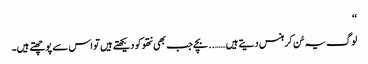
‘‘
لوگ یہ سُن کر ہنس دیتے ہیں…….. بچے جب بھی نتھو کو دیکھتے ہیں تو اس سے پوچھتے ہیں۔